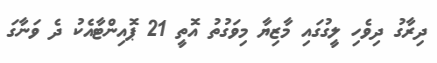
ދިރާގު ދިވެހި ލީގުގައި މާޒިޔާ މިވަގުތު އޮތީ 21 ޕޮއިންޓާއެކު ދެ ވަނާގަ